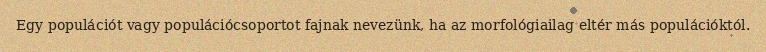
Egy populációt vagy populációcsoportot fajnak nevezünk, ha az morfológiailag eltér más populációktól.